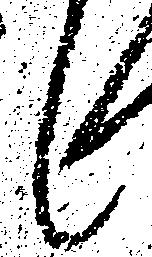
々